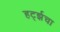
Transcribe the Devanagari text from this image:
हर्ट्झचा